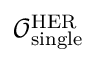
\mathcal { O } _ { \mathrm { s i n g l e } } ^ { \mathrm { H E R } }